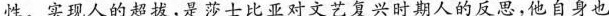
性。实现人的超拔，是莎士比亚对文艺复兴时期人的反思，他自身也